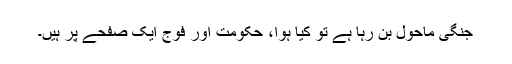
جنگی ماحول بن رہا ہے تو کیا ہوا، حکومت اور فوج ایک صفحے پر ہیں۔